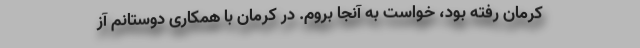
کرمان رفته بود، خواست به آنجا بروم. در کرمان با همکاری دوستانم آز